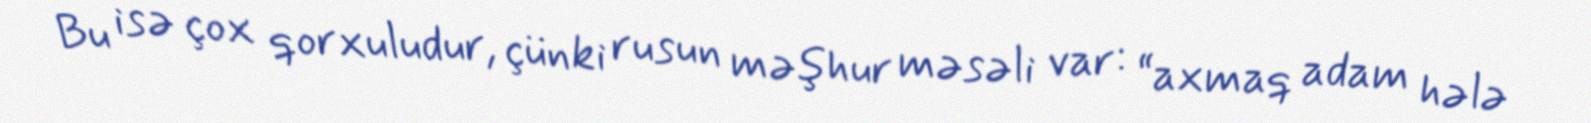
Bu isə çox qorxuludur, çünki rusun məşhur məsəli var: “axmaq adam hələ